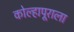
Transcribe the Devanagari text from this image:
कोल्हापूराला